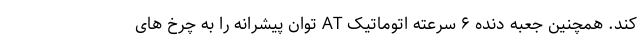
کند. همچنین جعبه دنده ۶ سرعته اتوماتیک AT توان پیشرانه را به چرخ های